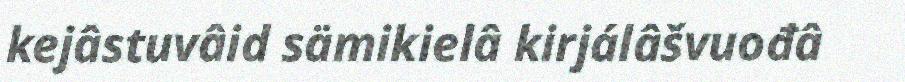
kejâstuvâid sämikielâ kirjálâšvuođâ